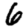
Digit: 6